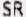
SR